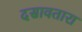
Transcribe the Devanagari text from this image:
दसावतारा